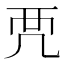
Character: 𧟣